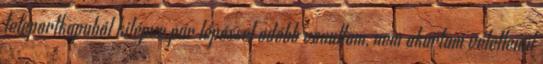
teleportkapuból kilépve pár lépéssel odébb vonultam, nem akartam véletlenül